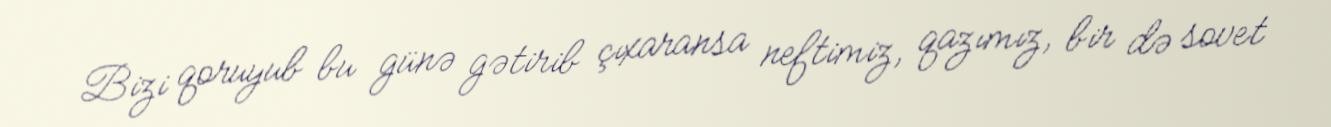
Bizi qoruyub bu günə gətirib çıxaransa neftimiz, qazımız, bir də sovet